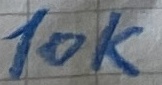
Text: 10K